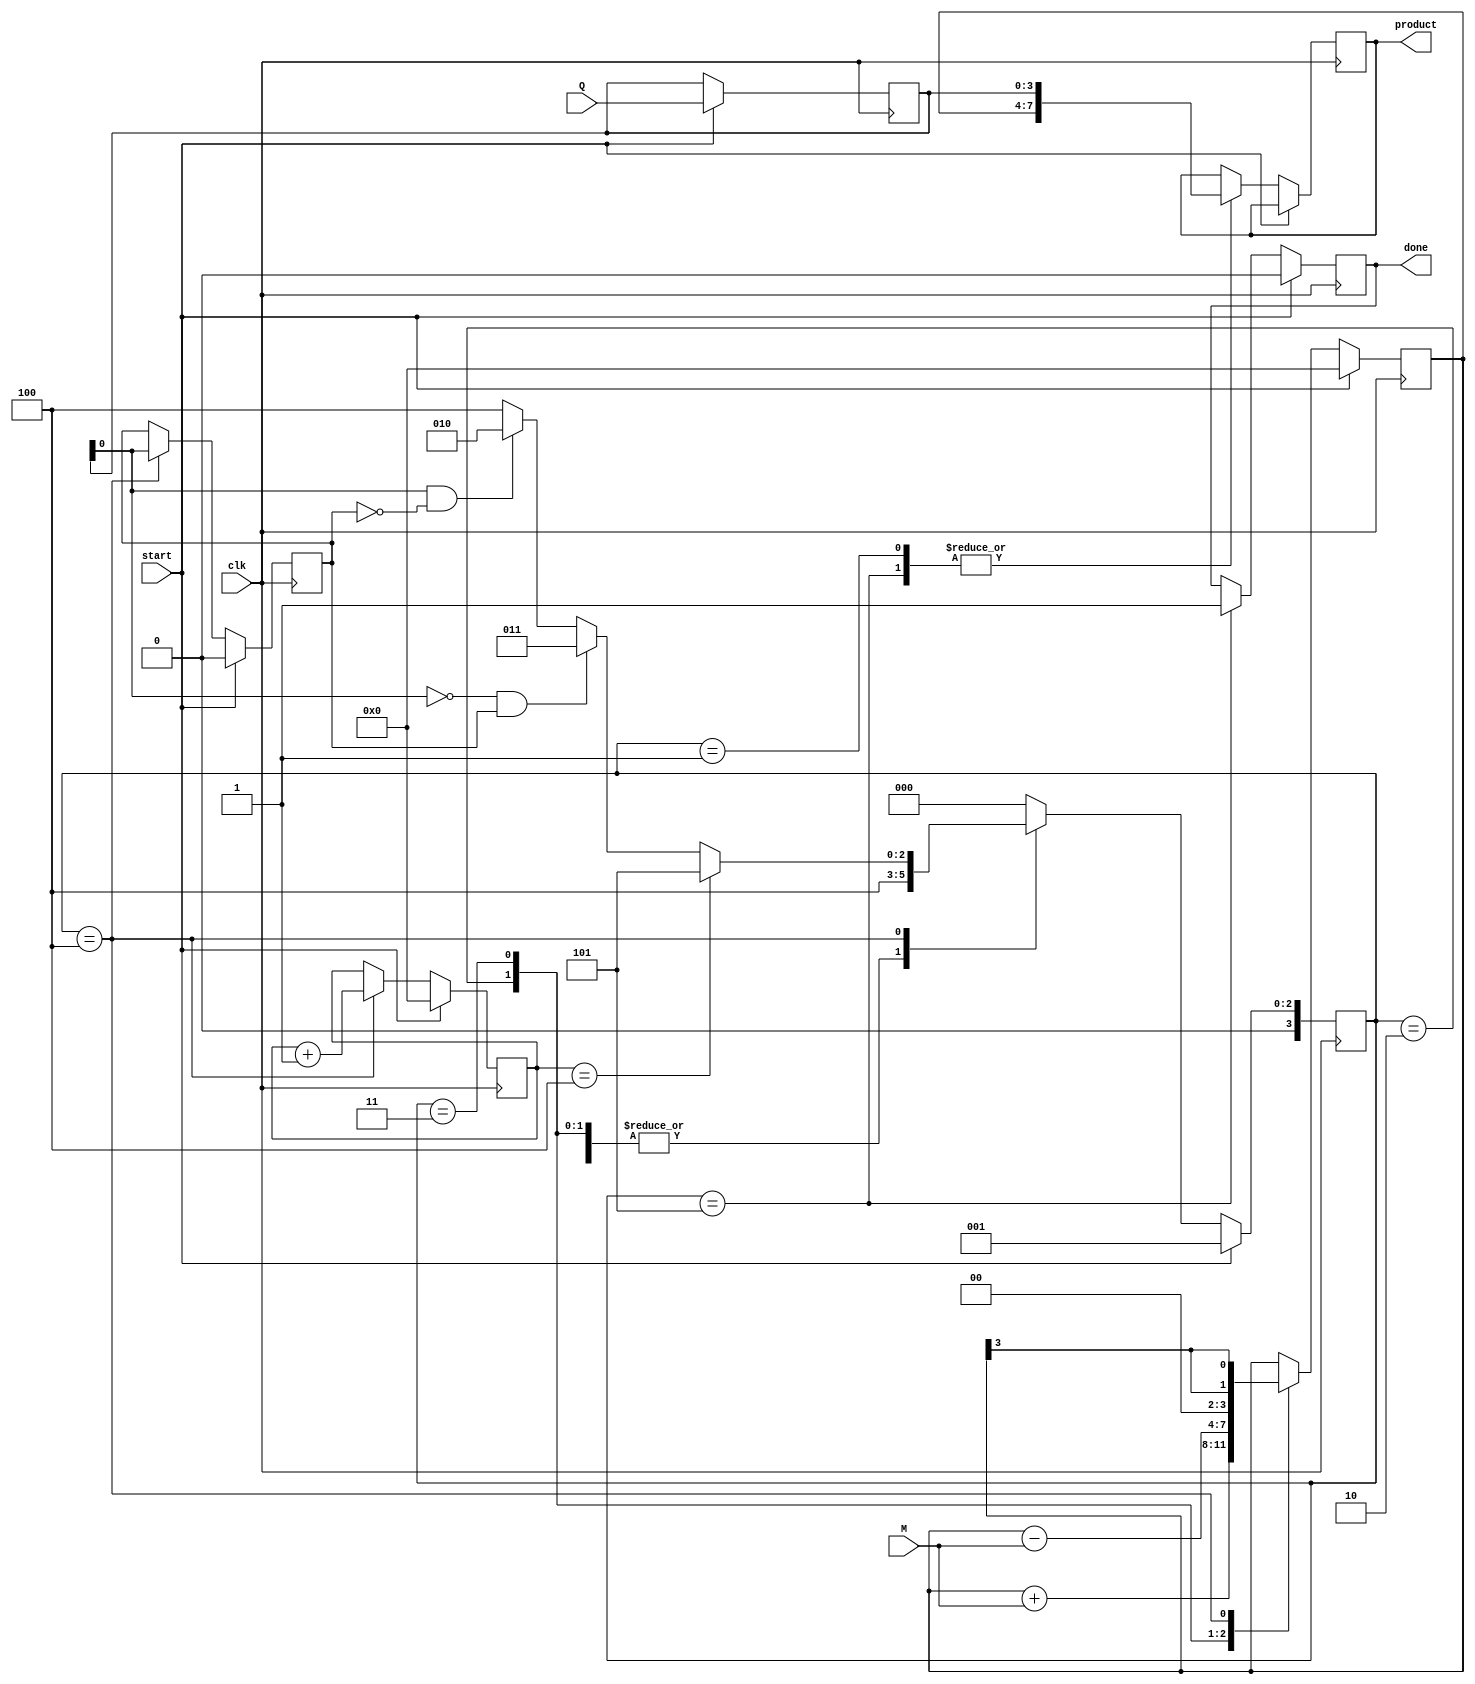
module BoothMultiplier #(parameter N = 4) (
    input wire clk,
    input wire start,
    input wire [N-1:0] M,  // Multiplicand
    input wire [N-1:0] Q,  // Multiplier
    output reg [2*N-1:0] product, // Final product
    output reg done // Indicates completion of multiplication
);

    reg [N-1:0] A;        // Accumulator
    reg [N-1:0] Q_reg;    // Multiplier register
    reg Q_1;              // Previous LSB of Q
    reg [3:0] state;      // State register for FSM
    reg [3:0] count;      // Loop counter for iterations

    // State encoding
    localparam IDLE    = 4'b0000,
               LOAD    = 4'b0001,
               ADD     = 4'b0010,
               SUBTRACT = 4'b0011,
               SHIFT   = 4'b0100,
               DONE    = 4'b0101;

    always @(posedge clk) begin
        if (start) begin
            // Initialize registers and state
            A <= 0;
            Q_reg <= Q;
            Q_1 <= 0;
            count <= 0;
            state <= LOAD;
            done <= 0;
        end else begin
            case (state)
                LOAD: begin
                    // Load multiplicand into A and prepare for first iteration
                    product <= {A, Q_reg}; // Prepare product
                    state <= SHIFT;
                end
                
                ADD: begin
                    // Perform addition A = A + M
                    A <= A + M;
                    state <= SHIFT;
                end

                SUBTRACT: begin
                    // Perform subtraction A = A - M
                    A <= A - M;
                    state <= SHIFT;
                end
                
                SHIFT: begin
                    // Right arithmetic shift A and Q
                    {A, Q_reg} <= {A[N-1], A[N-1:N-1], Q_reg}; // Shift A and Q
                    Q_1 <= Q_reg[0]; // Update Q-1

                    // Check if we need to do ADD or SUBTRACT based on Q[0] and Q_1
                    if (Q_reg[0] == 1'b0 && Q_1 == 1'b1) begin
                        state <= SUBTRACT;
                    end else if (Q_reg[0] == 1'b1 && Q_1 == 1'b0) begin
                        state <= ADD;
                    end else begin
                        state <= SHIFT;
                    end
                    
                    count <= count + 1;
                    if (count == N) begin
                        state <= DONE; // All iterations completed
                    end
                end

                DONE: begin
                    // Set the final product and indicate completion
                    product <= {A, Q_reg}; // Final product
                    done <= 1;
                    state <= IDLE; // Return to idle state
                end

                default: state <= IDLE; // Safety case
            endcase
        end
    end
endmodule